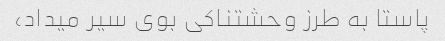
پاستا به طرز وحشتناکی بوی سیر میداد،